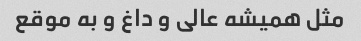
مثل همیشه عالی و داغ و به موقع